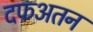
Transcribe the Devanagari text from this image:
दफअतन